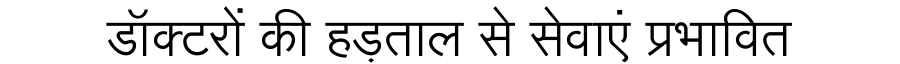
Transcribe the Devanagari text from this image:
डॉक्टरों की हड़ताल से सेवाएं प्रभावित